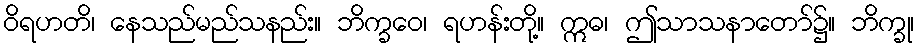
ဝိရဟတိ၊ နေသည်မည်သနည်း။ ဘိက္ခဝေ၊ ရဟန်းတို့။ ဣဓ၊ ဤသာသနာတော်၌။ ဘိက္ခု၊